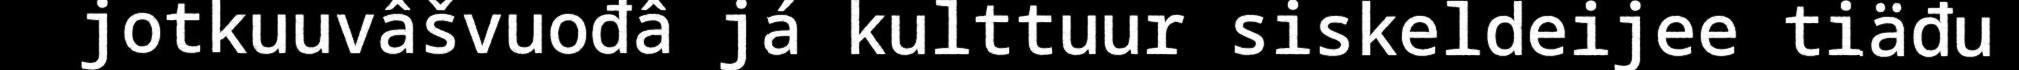
jotkuuvâšvuođâ já kulttuur siskeldeijee tiäđu